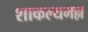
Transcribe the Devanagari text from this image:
शाकल्यमल्ल